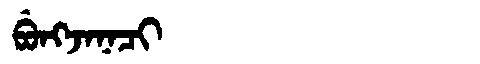
Manchu: ᠪᡠᠩᠵᠠᠨᠠᠴᡳ
Romanization: BUNGJANACI